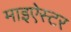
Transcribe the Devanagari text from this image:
माइऐस्टर